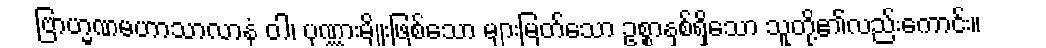
ဗြာဟ္မဏမဟာသာလာနံ ဝါ၊ ပုဏ္ဏားမျိုးဖြစ်သော များမြတ်သော ဥစ္စာနှစ်ရှိသော သူတို့၏လည်းကောင်း။